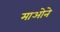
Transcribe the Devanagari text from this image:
माओने